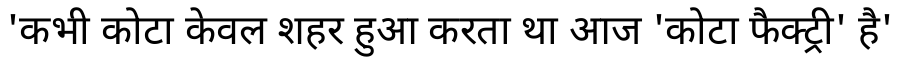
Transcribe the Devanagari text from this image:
'कभी कोटा केवल शहर हुआ करता था आज 'कोटा फैक्ट्री' है'